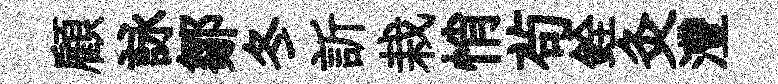
顧詠鄒冬訢栽悄茍銓灸灃